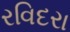
રવિદરા